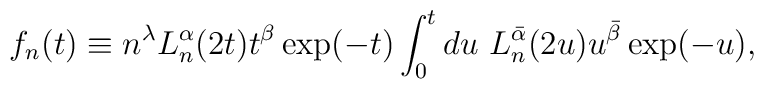
f_{n}(t)\equiv  n^{\lambda} L_{n}^{\alpha}(2t) t^{\beta}  \exp(-t) \int_{0}^{t}du \ L_{n}^{\bar{\alpha}}(2u) u^{\bar{\beta}}  \exp(-u),